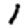
Digit: 1